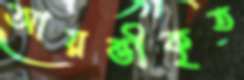
আয়ত্তীকৃত